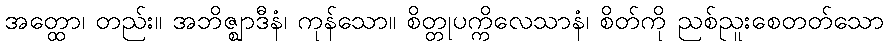
အတ္ထော၊ တည်း။ အဘိဇ္ဈာဒီနံ၊ ကုန်သော။ စိတ္တုပက္ကိလေသာနံ၊ စိတ်ကို ညစ်ညူးစေတတ်သော